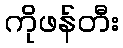
ကိုဖန်တီး